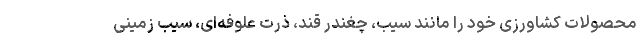
محصولات کشاورزی خود را مانند سیب، چغندر قند، ذرت علوفه‌ای، سیب زمینی